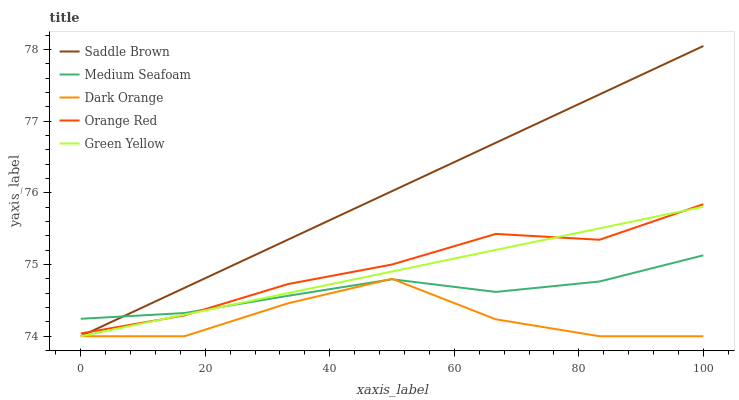
| xaxis_label | Saddle Brown | Medium Seafoam | Dark Orange | Orange Red | Green Yellow |
 | --- | --- | --- | --- | --- | --- |
 | 0 | 74 | 74.2 | 74 | 74 | 74 |
 | 16.7 | 74.7 | 74.3 | 74 | 74.3 | 74.3 |
 | 33.3 | 75.3 | 74.6 | 74.5 | 74.7 | 74.6 |
 | 50 | 76 | 74.8 | 74.8 | 75 | 74.9 |
 | 66.7 | 76.7 | 74.6 | 74.2 | 75.4 | 75.2 |
 | 83.3 | 77.4 | 74.8 | 74 | 75.3 | 75.5 |
 | 100 | 78 | 75.1 | 74 | 75.8 | 75.8 |